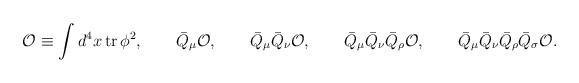
LaTeX: \begin{align*}{\cal O} \equiv\int d^4x\, {\rm tr}\, \phi^2, \qquad\bar{Q}_\mu {\cal O},\qquad\bar{Q}_\mu \bar{Q}_\nu {\cal O},\qquad\bar{Q}_\mu \bar{Q}_\nu \bar{Q}_\rho {\cal O},\qquad\bar{Q}_\mu \bar{Q}_\nu \bar{Q}_\rho \bar{Q}_\sigma {\cal O}.\end{align*}